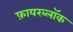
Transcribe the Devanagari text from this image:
फ़ायरब्लॉक